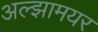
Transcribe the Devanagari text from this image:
अल्झामयर